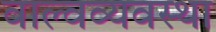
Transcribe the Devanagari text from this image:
वाल्वव्यवस्था